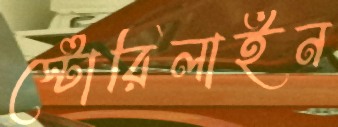
স্টোরিলাইন